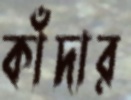
কাঁদার